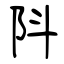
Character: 阧